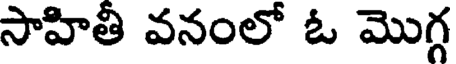
సాహితీ వనంలో ఓ మొగ్గ